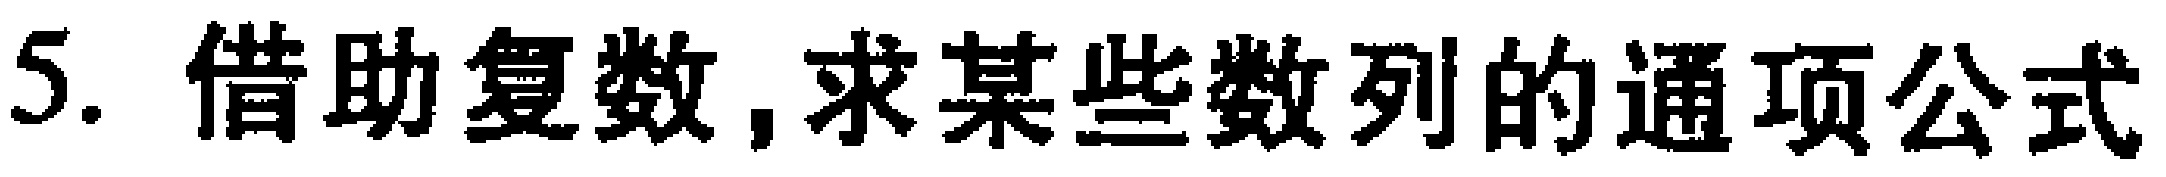
5. 借助复数,求某些数列的通项公式